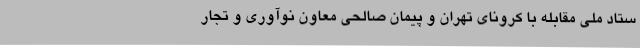
ستاد ملی مقابله با کرونای تهران و پیمان صالحی معاون نوآوری و تجار